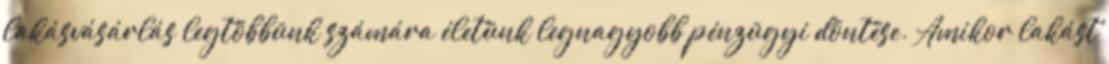
lakásvásárlás legtöbbünk számára életünk legnagyobb pénzügyi döntése. Amikor lakást